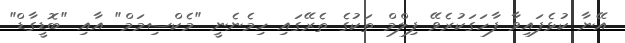
އޭނާ ކުޅެފައިވާ ފާހަގަކުރެވޭ ފިލްމް ތަކުގެ ތެރޭގައި ހިމެނެނީ "މެކްސިމަމް" އާއި "ބޮޑީގާޑް"